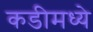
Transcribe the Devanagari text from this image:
कडीमध्ये